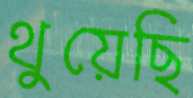
থুয়েছি